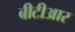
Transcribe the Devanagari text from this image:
बीटीआर